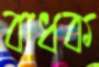
বাধক